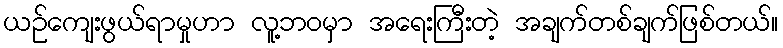
ယဉ်ကျေးဖွယ်ရာမှုဟာ လူ့ဘဝမှာ အရေးကြီးတဲ့ အချက်တစ်ချက်ဖြစ်တယ်။